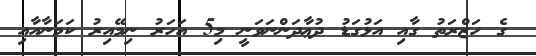
ގެ ހަޒްރަތު ގާއި އަޅުގަޑު ދުޢާދަންނަވަނީ މި5 އަހަރު ނިމޭއިރު ކަމަނާއާއި